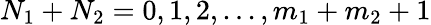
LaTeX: N_{1}+N_{2}=0,1,2,...,m_{1}+m_{2}+1